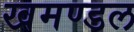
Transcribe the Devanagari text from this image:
खमण्डल